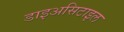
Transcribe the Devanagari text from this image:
डाइअसिटाइल